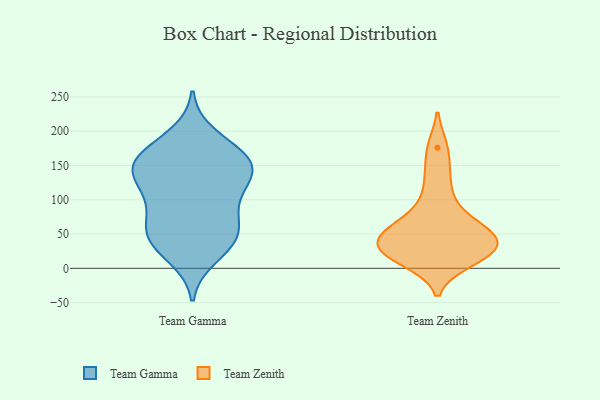
{"axis": {"x": "Bounce Rate (%)", "y": "Value"}, "legend": ["Team Gamma", "Team Zenith"], "data": [{"x": "", "y": 105, "type": "Team Gamma"}, {"x": "", "y": 17, "type": "Team Gamma"}, {"x": "", "y": 35, "type": "Team Gamma"}, {"x": "", "y": 132, "type": "Team Gamma"}, {"x": "", "y": 50, "type": "Team Gamma"}, {"x": "", "y": 72, "type": "Team Gamma"}, {"x": "", "y": 143, "type": "Team Gamma"}, {"x": "", "y": 144, "type": "Team Gamma"}, {"x": "", "y": 167, "type": "Team Gamma"}, {"x": "", "y": 96, "type": "Team Gamma"}, {"x": "", "y": 36, "type": "Team Gamma"}, {"x": "", "y": 144, "type": "Team Gamma"}, {"x": "", "y": 115, "type": "Team Gamma"}, {"x": "", "y": 161, "type": "Team Gamma"}, {"x": "", "y": 54, "type": "Team Gamma"}, {"x": "", "y": 170, "type": "Team Gamma"}, {"x": "", "y": 194, "type": "Team Gamma"}, {"x": "", "y": 58, "type": "Team Gamma"}, {"x": "", "y": 153, "type": "Team Gamma"}, {"x": "", "y": 25, "type": "Team Zenith"}, {"x": "", "y": 176, "type": "Team Zenith"}, {"x": "", "y": 20, "type": "Team Zenith"}, {"x": "", "y": 46, "type": "Team Zenith"}, {"x": "", "y": 26, "type": "Team Zenith"}, {"x": "", "y": 52, "type": "Team Zenith"}, {"x": "", "y": 55, "type": "Team Zenith"}, {"x": "", "y": 31, "type": "Team Zenith"}, {"x": "", "y": 63, "type": "Team Zenith"}, {"x": "", "y": 95, "type": "Team Zenith"}, {"x": "", "y": 11, "type": "Team Zenith"}, {"x": "", "y": 134, "type": "Team Zenith"}]}